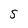
Character: 5